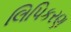
લિપિકરણ